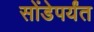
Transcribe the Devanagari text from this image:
सोंडेपर्यंत